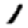
Digit: 1